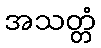
အသတ္တံ